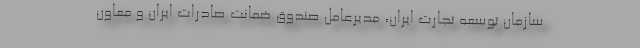
سازمان توسعه تجارت ایران، مدیرعامل صندوق ضمانت صادرات ایران و معاون